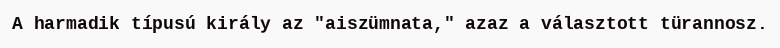
A harmadik típusú király az "aiszümnata," azaz a választott türannosz.